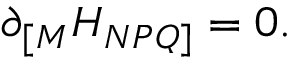
\partial _ { [ M } H _ { N P Q ] } = 0 .